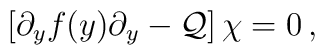
\left[ \partial_y f(y) \partial_y - {\cal Q} \right] \chi = 0\,,